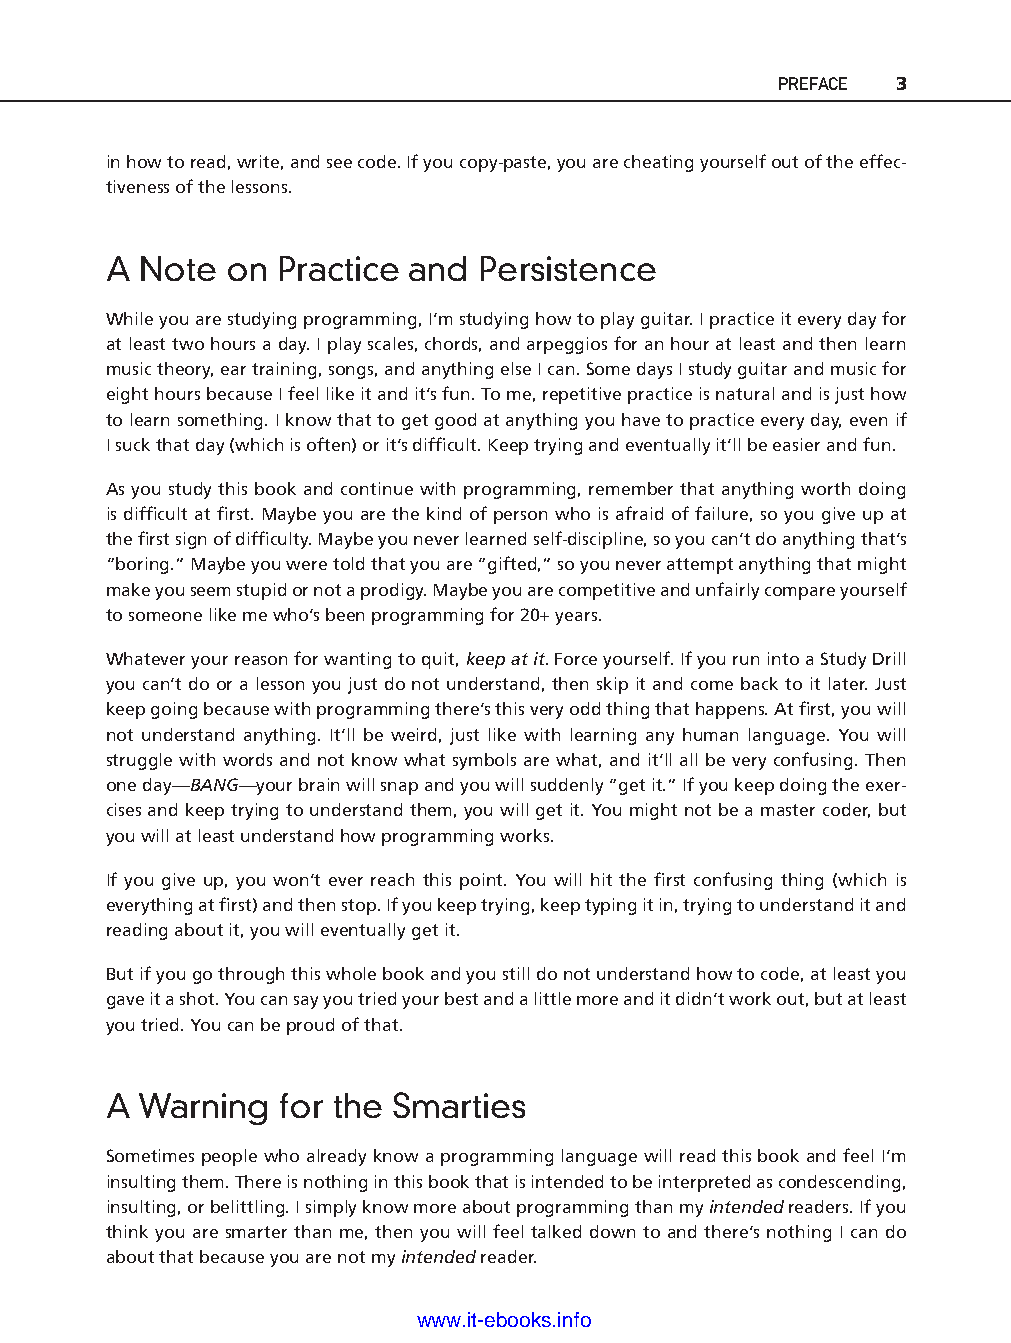
PREFACE 3
 in how to read, write, and see code. If you copy-p aste, you are cheating yourself out of the effec-
 tiveness of the lessons.
 A  Note on  Practice and Persistence
 While you are studying programming, I’m studying how to play guitar. I practice it every day for
 at least two hours a day. I play scales, chords, and arpeggios for an hour at least and then learn
 music theory, ear training, songs, and anything else I can. Some days I study guitar and music for
 eight hours because I feel like it and it’s fun. To me, repetitive practice is natural and is just how
 to learn something. I know that to get good at anything you have to practice every day, even if
 I suck that day (which is often) or it’s diffi cult. Keep trying and eventually it’ll be easier and fun.
 As you study this book and continue with programming, remember that anything worth doing
 is diffi cult at fi rst. Maybe you are the kind of person who is afraid of failure, so you give up at
 the fi rst sign of diffi culty. Maybe you never learned self-d iscipline, so you can’t do anything that’s
 “boring.” Maybe you were told that you are “gifted,” so you never attempt anything that might
 make you seem stupid or not a prodigy. Maybe you are competitive and unfairly compare yourself
 to someone like me who’s been programming for 20+ years.
 Whatever your reason for wanting to quit, keep at it. Force yourself. If you run into a Study Drill
 you can’t do or a lesson you just do not understand, then skip it and come back to it later. Just ptg11539604
 keep going because with programming there’s this very odd thing that happens. At fi rst, you will
 not understand anything. It’ll be weird, just like with learning any human language. You will
 struggle with words and not know what symbols are what, and it’ll all be very confusing. Then
 one day—BANG—your brain will snap and you will suddenly “get it.” If you keep doing the exer-
 cises and keep trying to understand them, you will get it. You might not be a master coder, but
 you will at least understand how programming works.
 If you give up, you won’t ever reach this point. You will hit the fi rst confusing thing (which is
 everything at fi rst) and then stop. If you keep trying, keep typing it in, trying to understand it and
 reading about it, you will eventually get it.
 But if you go through this whole book and you still do not understand how to code, at least you
 gave it a shot. You can say you tried your best and a little more and it didn’t work out, but at least
 you tried. You can be proud of that.
 A  Warning  for the Smarties
 Sometimes people who already know a programming language will read this book and feel I’m
 insulting them. There is nothing in this book that is intended to be interpreted as condescending,
 insulting, or belittling. I simply know more about programming than my intended readers. If you
 think you are smarter than me, then you will feel talked down to and there’s nothing I can do
 about that because you are not my intended reader.
 www.it-ebooks.info